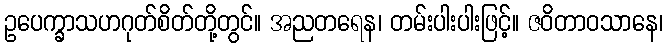
ဥပေက္ခာသဟဂုတ်စိတ်တို့တွင်။ အညတရေန၊ တမ်းပါးပါးဖြင့်။ ဇဝိတာဝသာနေ၊